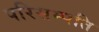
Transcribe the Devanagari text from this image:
परिसम्पति